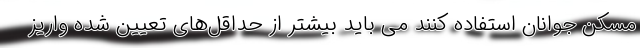
مسکن جوانان استفاده کنند می باید بیشتر از حداقل‌های تعیین شده واریز